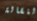
النقالة